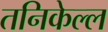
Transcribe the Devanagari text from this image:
तनिकेल्ल